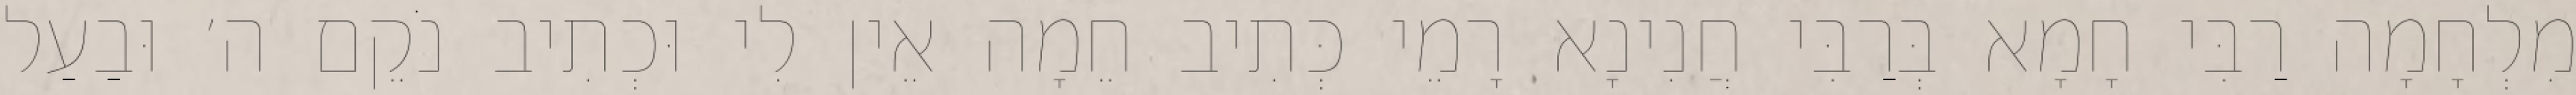
מִלְחָמָה רַבִּי חָמָא בְּרַבִּי חֲנִינָא רָמֵי כְּתִיב חֵמָה אֵין לִי וּכְתִיב נֹקֵם ה׳ וּבַעַל